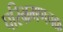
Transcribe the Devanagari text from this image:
परिभ्रमणचक्र